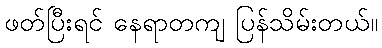
ဖတ်ပြီးရင် နေရာတကျ ပြန်သိမ်းတယ်။